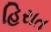
હિરાત